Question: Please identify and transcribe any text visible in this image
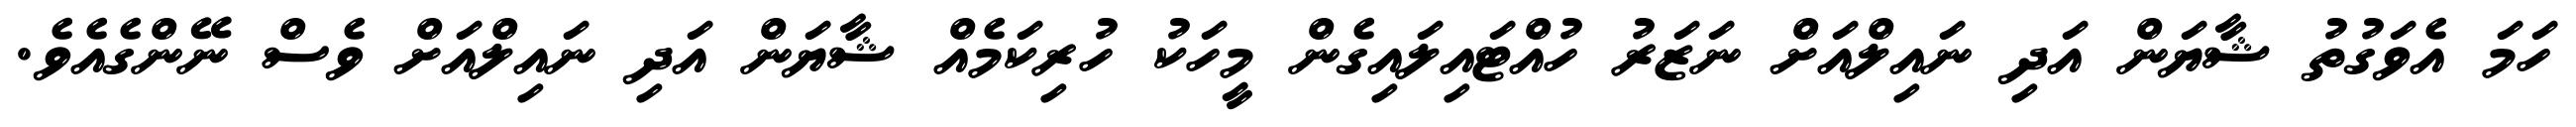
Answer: ހަމަ އެވަގުތު ޝާޔަން އަދި ނައިލްއަށް ނަޒަރު ހުއްޓައިލައިގެން މީހަކު ހުރިކަމެއް ޝާޔަން އަދި ނައިލްއަށް ވެސް ނޭންގެއެވެ.